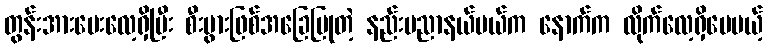
တွန်းအားပေးလေ့ရှိပြီး စီးပွားဖြစ်အခြေပြုတဲ့ နည်းပညာနယ်ပယ်က နောက်က လိုက်လေ့ရှိပေမယ့်